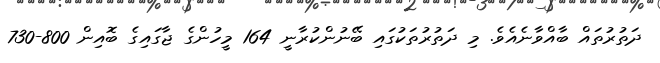
ދަތުރުތައް ބާއްވާނެއެވެ. މި ދަތުރުތަކުގައި ބޭނުންކުރާނީ 164 މީހުންގެ ޖާގައިގެ ބޮއިން 800-730